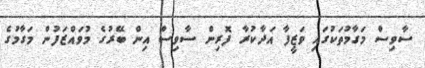
ސާވިސް މަގާމުތަކުގައި ވަޒީފާ އަދާކުރާ ފޮރިން ސާވިސް އިން ބޭރުގެ މުވައްޒަފުން މަގާމުގެ